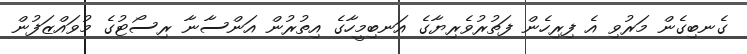
ގެނބިގެން މަރުވި އެ ފިރިހެން ފަތުރުވެރިޔާގެ އަނބިމީހާގެ އިތުރުން އަންސާނާ ރިސޯޓުގެ މުވައްޒަފުން